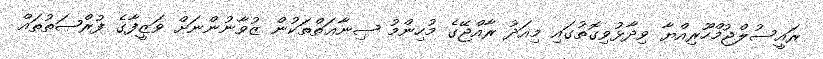
ރައީސުލްޖުމްހޫރިއްޔާ ވިދާޅުވިގޮތުގައި މިއަދު ރާއްޖޭގެ މުހިންމު ޞިނާޢަތްތަކުން ޒުވާނުންނަށް ވަޒީފާގެ ފުރްޞަތުތައް